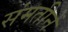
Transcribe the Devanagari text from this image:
संमतीनें